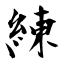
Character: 練